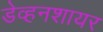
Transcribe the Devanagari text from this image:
डेव्हनशायर